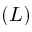
( L )